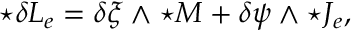
{ \star { \delta \cal L } _ { e } } = \delta \xi \wedge { \star { \cal M } } + \delta \psi \wedge { \star { \cal J } _ { e } } ,